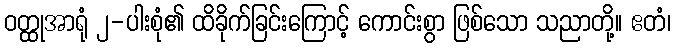
ဝတ္ထုအာရုံ ၂-ပါးစုံ၏ ထိခိုက်ခြင်းကြောင့် ကောင်းစွာ ဖြစ်သော သညာတို့။ ဧတံ၊